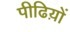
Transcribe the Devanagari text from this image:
पीढिय़ों